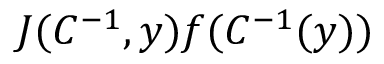
J ( C ^ { - 1 } , y ) f ( C ^ { - 1 } ( y ) )